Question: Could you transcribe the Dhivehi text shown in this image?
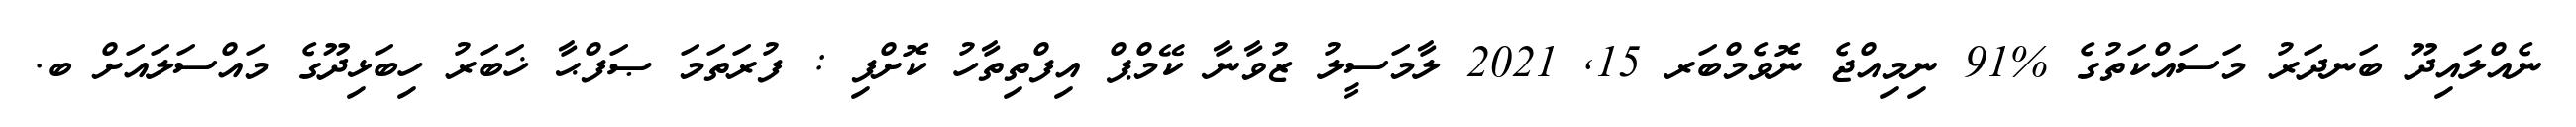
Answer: ނެއްލައިދޫ ބަނދަރު މަސައްކަތުގެ %91 ނިމިއްޖެ ނޮވެމްބަރ 15, 2021 ލާމަސީލު ޒުވާނާ ކޭމްޕް އިފްތިތާހު ކޮށްފި : ފުރަތަމަ ޞަފްޙާ ޚަބަރު ހިބަޅިދޫގެ މައްސަލައަށް ބ.